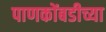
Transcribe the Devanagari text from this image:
पाणकोंबडीच्या